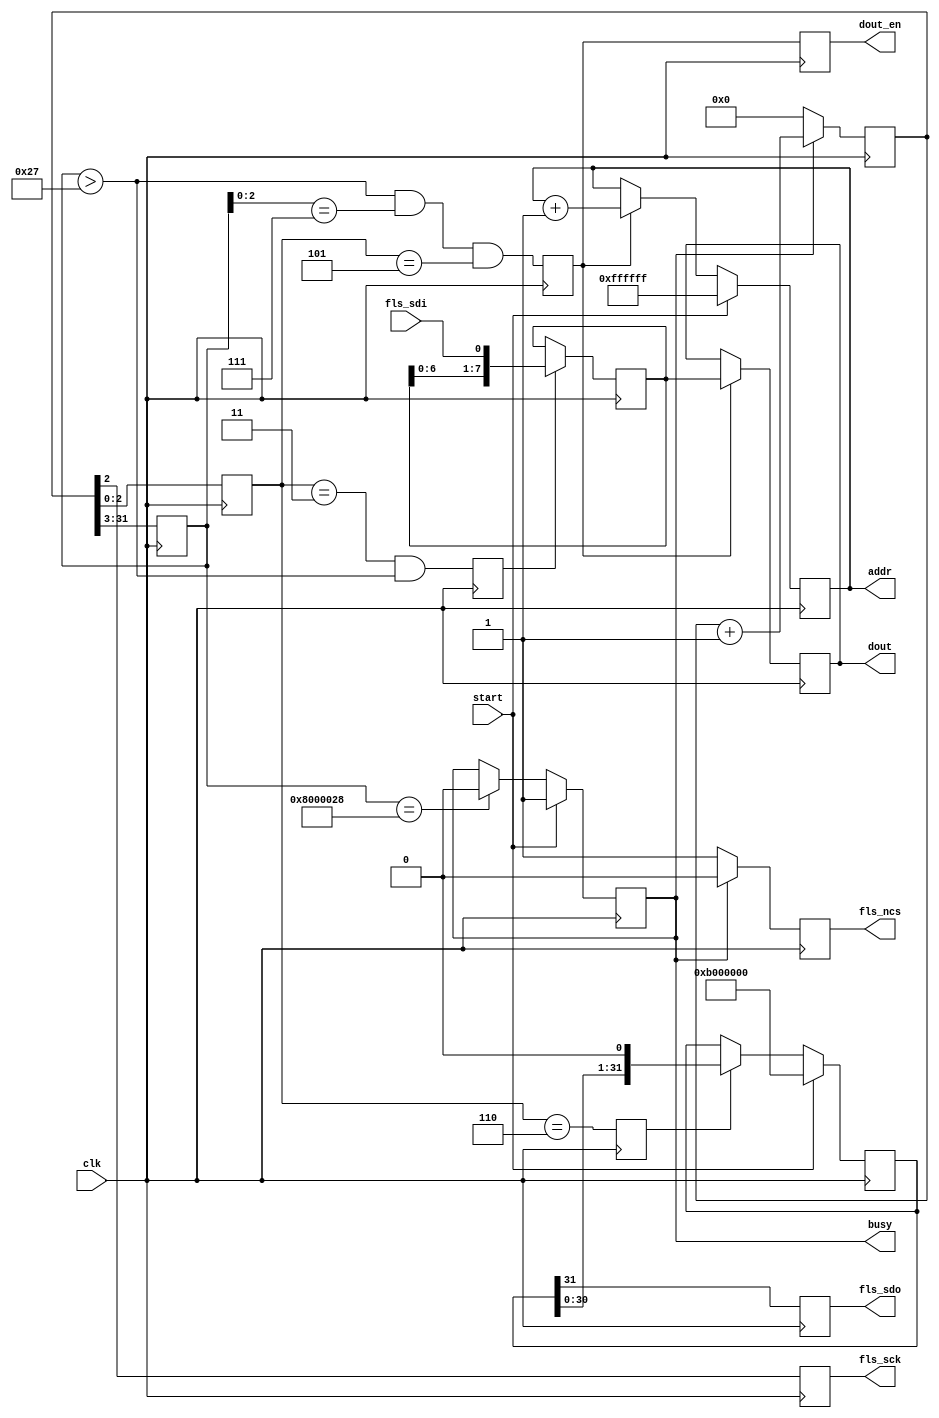
`timescale 1ns / 1ps
//////////////////////////////////////////////////////////////////////////////////
// Company: 
// Engineer: 
// 
// Design Name: 
// Module Name: flash_fast_read
// Project Name: 
// Target Devices: 
// Tool Versions: 
// Description: 
// 
// Dependencies: 
// 
// Revision:
// Revision 0.01 - File Created
// Additional Comments:
// 
//////////////////////////////////////////////////////////////////////////////////

module flash_fast_read
(
    input   wire        clk,

    // SPI
    output  reg         fls_sck,
    output  reg         fls_ncs,
    output  reg         fls_sdo,
    input   wire        fls_sdi,

    // ,flash
    input   wire        start,
    output  reg         dout_en,
    output  reg [23:0]  addr,
    output  reg [7:0]   dout,

    output  reg         busy
);

reg [31:0] cnt;
reg [28:0] cycle_cnt; 
reg [2:0] phase_cnt;
reg [31:0] tx_reg;
reg [7:0] rx_reg;
reg sft_wen;
reg sft_ren;
reg byte_flag;

initial
begin
    cnt = 0;
    tx_reg = 0;
    rx_reg = 0;
    busy = 0;
end

// 
always@(posedge clk)
begin
    if(busy)
        cnt <= cnt + 1;
    else
        cnt <= 0;
end

// 
always@(posedge clk)
begin
    cycle_cnt <= cnt[31:3];
end

// 
always@(posedge clk)
begin
    phase_cnt <= cnt[2:0];
end

// SPI
always@(posedge clk)
begin
    fls_sck <= cnt[2];
end

// SPI
always@(posedge clk)
begin
    if(busy)
        fls_ncs <= 0;
    else
        fls_ncs <= 1;
end

// 
always@(posedge clk)
begin
    if(start)
        tx_reg <= {8'h0b,8'h00,8'h00,8'h00}; // 
    else if(sft_wen)
        tx_reg <= {tx_reg[30:0],1'b0};
end

// (sck).
always@(posedge clk)
begin
    sft_wen <= (phase_cnt == 6);
end

// (sck).
always@(posedge clk)
begin
    sft_ren <= (phase_cnt == 3) && (cycle_cnt > 39);
end

// 1byte
always@(posedge clk)
begin
    byte_flag <= (cycle_cnt > 39) && (cycle_cnt[2:0] == 7) && (phase_cnt == 5);
end

// sdo
always@(posedge clk)
begin
    fls_sdo <= tx_reg[31];
end

// sdi
always@(posedge clk)
begin
    if(sft_ren)
        rx_reg <= {rx_reg[6:0],fls_sdi};
end

// dout_en
always@(posedge clk)
begin
    dout_en <= byte_flag;
end

// dout
always@(posedge clk)
begin
    if(byte_flag)
        dout <= rx_reg;
end
 
//dout addr
always@(posedge clk)
begin
    if(start)
        addr <= 24'hFF_FFFF;
    else if(byte_flag)
        addr <= addr + 1;
end

// busy
always@(posedge clk)
begin
    if(start)
        busy <= 1;
    else if(cycle_cnt == 28'h800_0028)
        busy <= 0;
end

endmodule